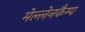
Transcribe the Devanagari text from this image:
मेल्लेनकैम्प